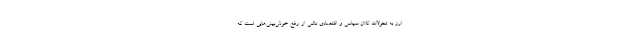
ارز به تحولات کلان سیاسی و اقتصادی ناشی از رفع خوش‌بینی‌هایی است که